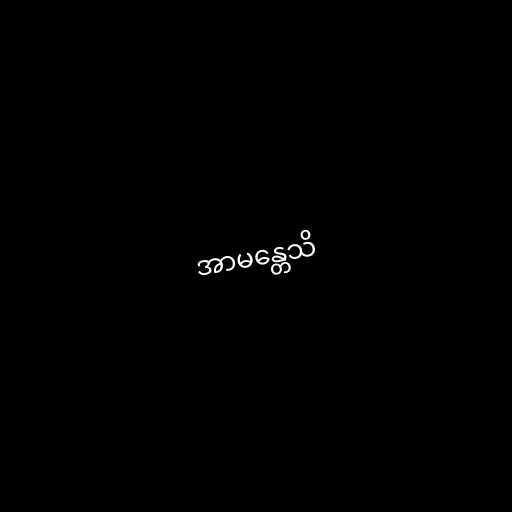
အာမန္တေသိ